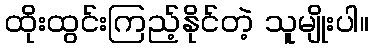
ထိုးထွင်းကြည့်နိုင်တဲ့ သူမျိုးပါ။